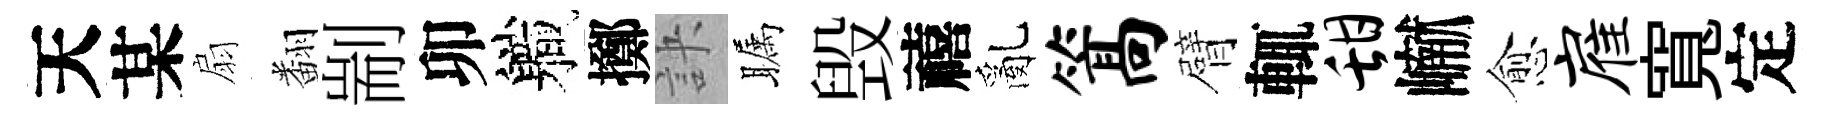
天某扇翻剬卯軄擲訣瞩毁禧亂篙臂輒甜𪩘愈雇寬定